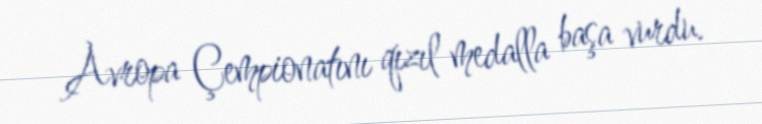
Avropa Çempionatını qızıl medalla başa vurdu.